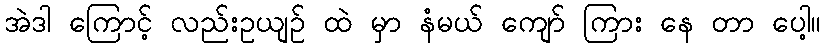
အဲဒါ ကြောင့် လည်းဥယျဉ် ထဲ မှာ နံမယ် ကျော် ကြား နေ တာ ပေါ့။